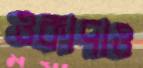
ওকাদাও